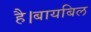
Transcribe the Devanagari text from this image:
है।बायबिल